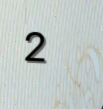
2